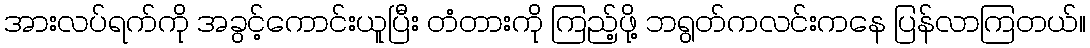
အားလပ်ရက်ကို အခွင့်ကောင်းယူပြီး တံတားကို ကြည့်ဖို့ ဘရွတ်ကလင်းကနေ ပြန်လာကြတယ်။